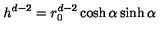
h ^ { d - 2 } = r _ { 0 } ^ { d - 2 } \cosh \alpha \sinh \alpha